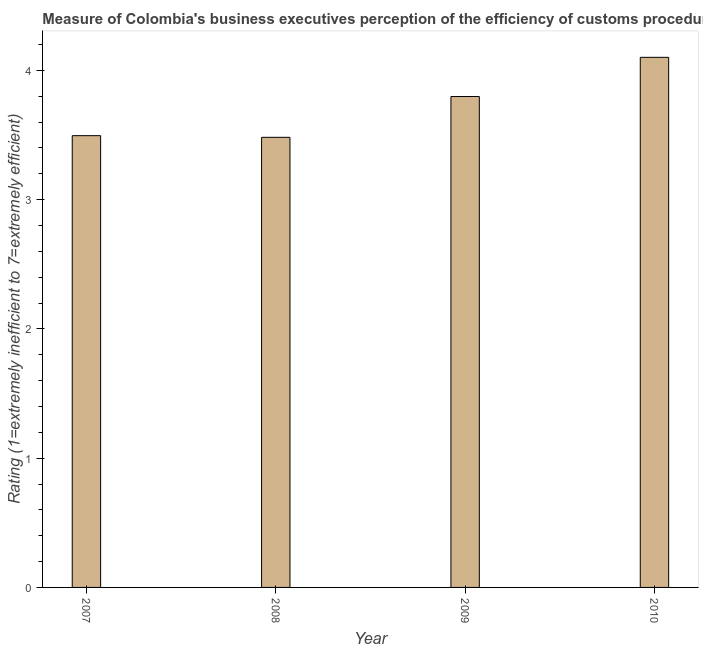
| Year | Burden of customs procedure |
 | --- | --- |
 | 2007 | 3.49 |
 | 2008 | 3.48 |
 | 2009 | 3.8 |
 | 2010 | 4.1 |